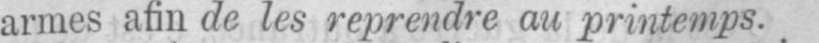
armes afin de les reprendre au printemps.